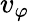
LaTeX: v_{\varphi}